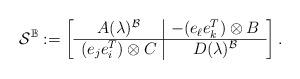
LaTeX: \begin{align*}\mathcal{S}^{\mathbb{B}} := \left[ \begin{array}{c|c} A(\lambda)^{\mathcal{B}} & -(e_{\ell} e_k^{T}) \otimes B \\ \hline (e_j e_i^{T}) \otimes C & D(\lambda)^{\mathcal{B}} \\ \end{array} \right]. \end{align*}